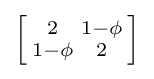
\left[{\begin{smallmatrix}2&1-\phi \\1-\phi &2\end{smallmatrix}}\right]